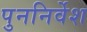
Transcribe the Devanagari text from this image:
पुननिर्वेश